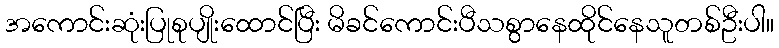
အကောင်းဆုံးပြုစုပျိုးထောင်ပြီး မိခင်ကောင်းပီသစွာနေထိုင်နေသူတစ်ဦးပါ။